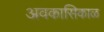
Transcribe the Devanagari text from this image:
अवकासिकाळ